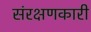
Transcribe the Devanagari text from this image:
संरक्षणकारी